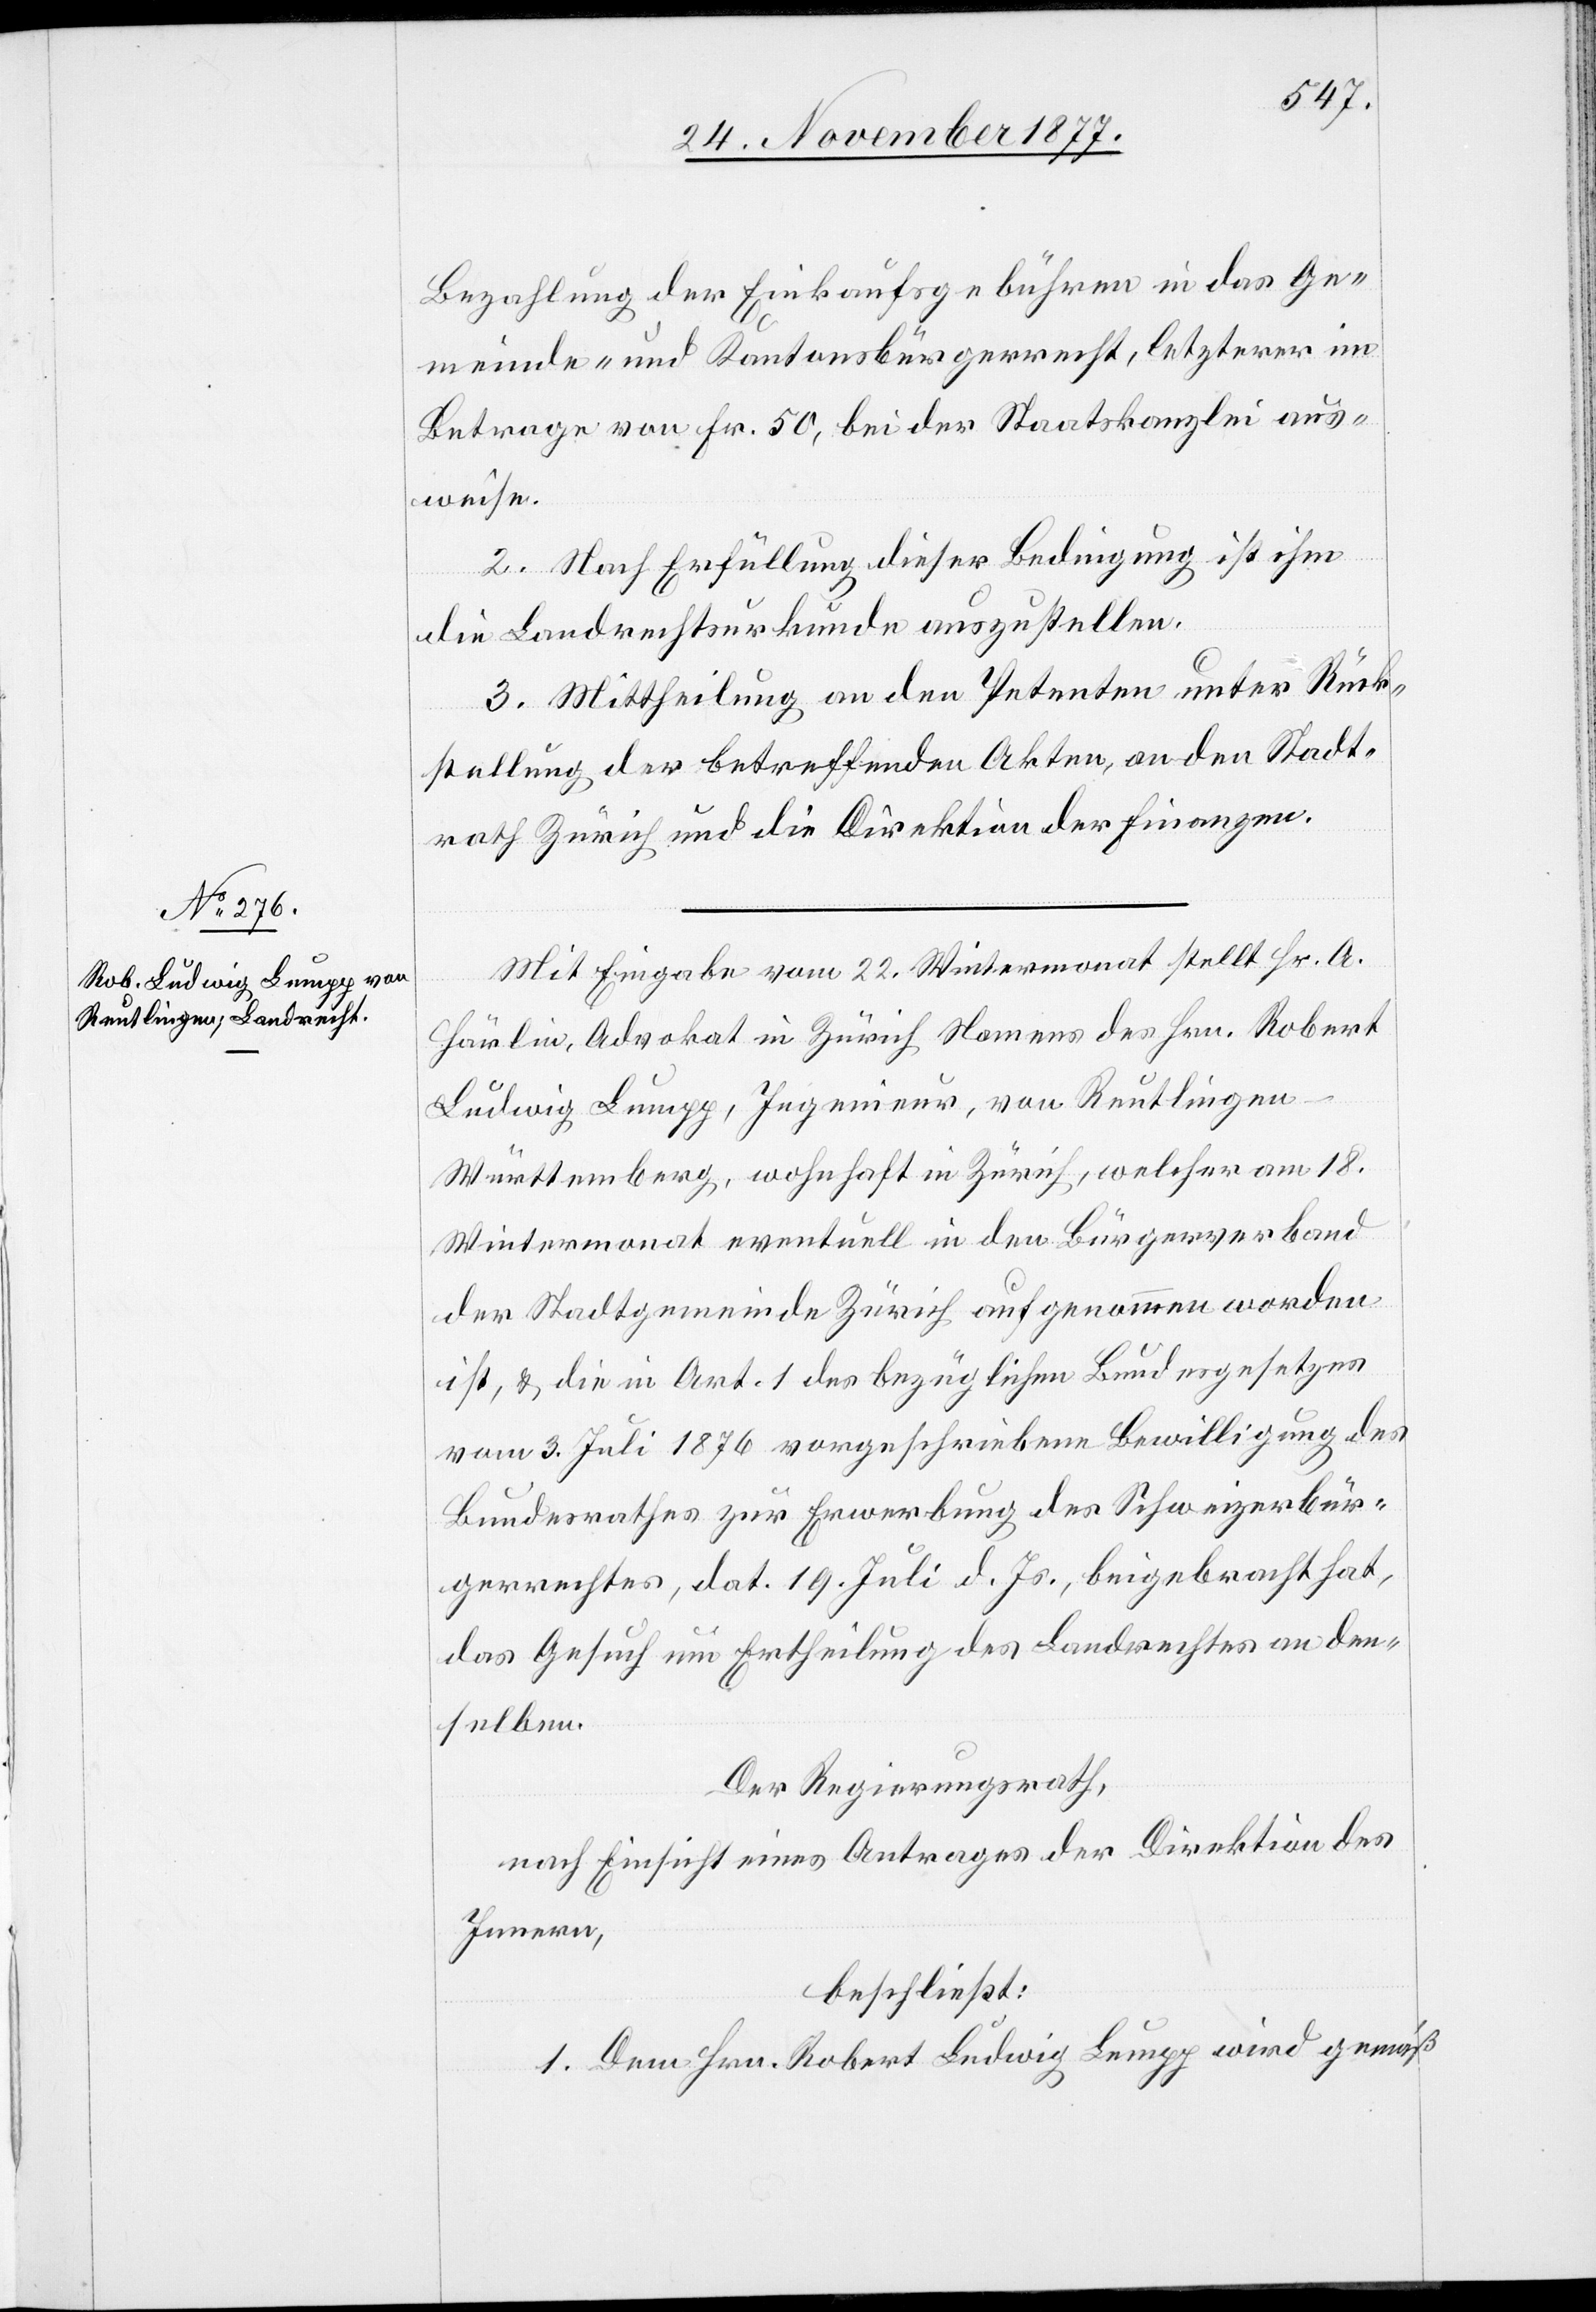
Bezahlung der Einkaufsgebühren in das Ge¬
meinde- und Kantonsbürgerrecht, letzterer im
Betrage von Fr. 50, bei der Staatskanzlei aus¬
weise.
2. Nach Erfüllung dieser Bedingung ist ihm
die Landrechtsurkunde auszustellen.
3. Mittheilung an den Petenten unter Rück¬
stellung der betreffenden Akten, an den Stadt¬
rath Zürich und die Direktion der Finanzen.
Mit Eingabe vom 22. Wintermonat stellt Hr. A.
Härlin, Advokat in Zürich Namens des Hrn. Robert
Ludwig Lumpp, Ingenieur, von Reutlingen
Württemberg, wohnhaft in Zürich, welcher am 18.
Wintermonat eventuell in den Bürgerverband
der Stadtgemeinde Zürich aufgenommen worden
ist, & die in Art. 1 des bezüglichen Bundesgesetzes
vom 3. Juli 1876 vorgeschriebene Bewilligung des
Bundesrathes zur Erwerbung des Schweizerbür¬
gerrechtes, dat. 18. Juli d. Js., beigebracht hat,
das Gesuch um Ertheilung des Landrechtes an den¬
selben.
Der Regierungsrath,
nach Einsicht eines Antrages der Direktion des
Innern,
beschließt:
1. Dem Hrn. Robert Ludwig Lumpp wird gemäß